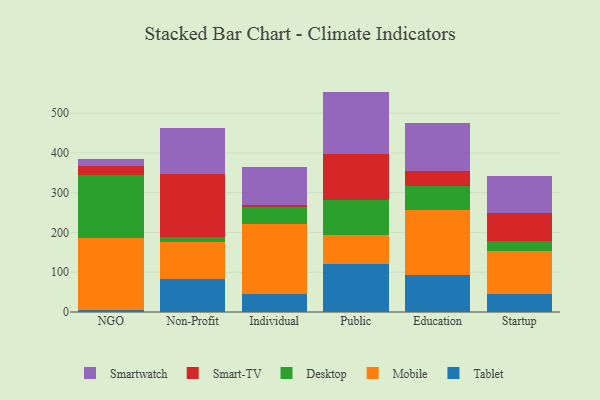
{"axis": {"x": "Segment", "y": "Backlog"}, "legend": ["Desktop", "Mobile", "Smart-TV", "Smartwatch", "Tablet"], "data": [{"x": "NGO", "y": 6.0, "type": "Tablet"}, {"x": "NGO", "y": 179.4, "type": "Mobile"}, {"x": "NGO", "y": 158.0, "type": "Desktop"}, {"x": "NGO", "y": 22.9, "type": "Smart-TV"}, {"x": "NGO", "y": 17.5, "type": "Smartwatch"}, {"x": "Non-Profit", "y": 83.4, "type": "Tablet"}, {"x": "Non-Profit", "y": 93.1, "type": "Mobile"}, {"x": "Non-Profit", "y": 11.2, "type": "Desktop"}, {"x": "Non-Profit", "y": 159.1, "type": "Smart-TV"}, {"x": "Non-Profit", "y": 115.6, "type": "Smartwatch"}, {"x": "Individual", "y": 46.2, "type": "Tablet"}, {"x": "Individual", "y": 174.8, "type": "Mobile"}, {"x": "Individual", "y": 43.0, "type": "Desktop"}, {"x": "Individual", "y": 5.6, "type": "Smart-TV"}, {"x": "Individual", "y": 95.3, "type": "Smartwatch"}, {"x": "Public", "y": 121.5, "type": "Tablet"}, {"x": "Public", "y": 72.7, "type": "Mobile"}, {"x": "Public", "y": 86.7, "type": "Desktop"}, {"x": "Public", "y": 117.0, "type": "Smart-TV"}, {"x": "Public", "y": 156.1, "type": "Smartwatch"}, {"x": "Education", "y": 91.8, "type": "Tablet"}, {"x": "Education", "y": 165.1, "type": "Mobile"}, {"x": "Education", "y": 60.7, "type": "Desktop"}, {"x": "Education", "y": 36.0, "type": "Smart-TV"}, {"x": "Education", "y": 122.7, "type": "Smartwatch"}, {"x": "Startup", "y": 45.6, "type": "Tablet"}, {"x": "Startup", "y": 107.2, "type": "Mobile"}, {"x": "Startup", "y": 25.5, "type": "Desktop"}, {"x": "Startup", "y": 71.4, "type": "Smart-TV"}, {"x": "Startup", "y": 91.0, "type": "Smartwatch"}]}